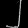
Digit: ၂